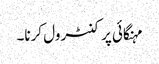
مہنگائی پر کنٹرول کرنا۔